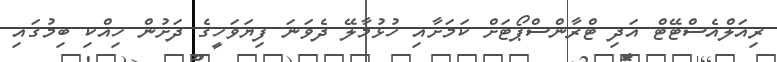
ރިއަލްއެސްޓޭޓް އަދި ޓްރާންސްޕޯޓަށް ކަމަށާއި ހުޅުމާލޭ ދެވަނަ ފިޔަވަހީގެ ދަށުން ހިއްކި ބިމުގައި